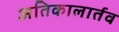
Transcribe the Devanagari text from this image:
अतिकालार्तव